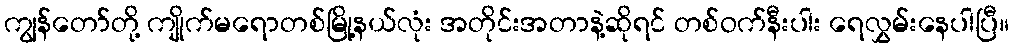
ကျွန်တော်တို့ ကျိုက်မရောတစ်မြို့နယ်လုံး အတိုင်းအတာနဲ့ဆိုရင် တစ်ဝက်နီးပါး ရေလွှမ်းနေပါပြီ။